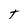
Character: t